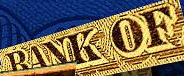
BANK OF